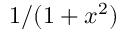
1 / ( 1 + x ^ { 2 } )